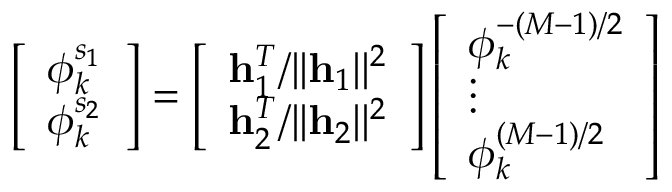
\left[ \begin{array} { l } { \phi _ { k } ^ { s _ { 1 } } } \\ { \phi _ { k } ^ { s _ { 2 } } } \end{array} \right] = \left[ \begin{array} { l } { \mathbf { h } _ { 1 } ^ { T } / | | \mathbf { h } _ { 1 } | | ^ { 2 } } \\ { \mathbf { h } _ { 2 } ^ { T } / | | \mathbf { h } _ { 2 } | | ^ { 2 } } \end{array} \right] \left[ \begin{array} { l } { \phi _ { k } ^ { - ( M - 1 ) / 2 } } \\ { \vdots } \\ { \phi _ { k } ^ { ( M - 1 ) / 2 } } \end{array} \right]